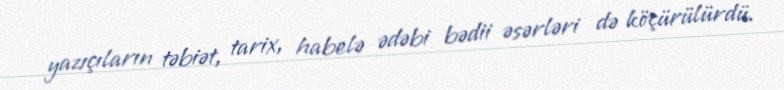
yazıçıların təbiət, tarix, habelə ədəbi bədii əsərləri də köçürülürdü.